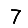
Digit: 7